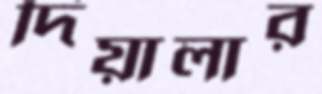
দিয়ালার